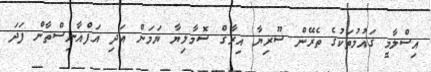
އިސްލާމީ ގައުމުތަކުގެ ތެރޭން ސޫރިޔާ އިރާގް ސޮމާލިޔާ ޔަމަން އަދި އަފްޣާނިސްތާން ފަދަ